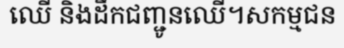
ឈើ និងដឹកជញ្ជូនឈើ។សកម្មជន